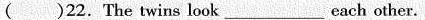
( )22.The twins look ___ each other.